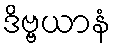
ဒိဗ္ဗယာနံ